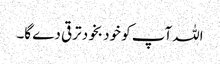
اللہ آپ کو خود بخود ترقی دے گا۔